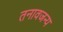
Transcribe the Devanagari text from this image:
तनावजन्य